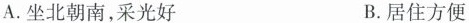
A.坐北朝南，采光好 B.居住方便